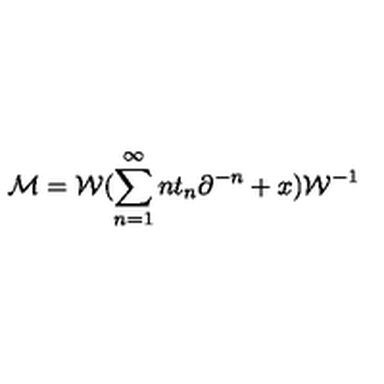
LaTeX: { \cal M } = { \cal W } ( \sum _ { n = 1 } ^ { \infty } n t _ { n } \partial ^ { - n } + x ) { \cal W } ^ { - 1 }